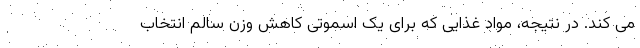
می کند. در نتیجه، مواد غذایی که برای یک اسموتی کاهش وزن سالم انتخاب